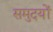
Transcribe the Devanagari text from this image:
समुदयों